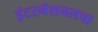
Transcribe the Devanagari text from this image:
इंटरनॅशनलचा